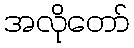
အလိုတော်